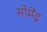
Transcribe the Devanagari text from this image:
सोमेंद्र